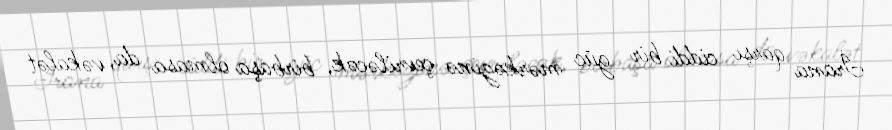
İrana qarşı ciddi bir güc mərkəzinə çevriləcək, birbaşa olmasa da, vəkalət